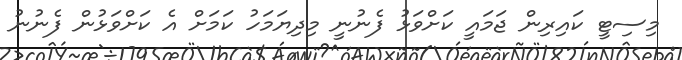
މިސިޓީ ކައިރިން ޖަމައީ ކަށްވަޅު ފެނުނީ މިދިޔަމަހު ކަމަށް އެ ކަށްވަޅުން ފެނުނު